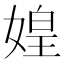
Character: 媓